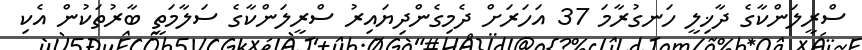
ސްރީލަންކާގެ ދާޚިލީ ހަނގުރާމަ 37 އަހަރަށް ދެމިގެންދިޔައިރު ސްރީލަންކާގެ ސަލާމަތީ ބާރުތަކުން އެކި